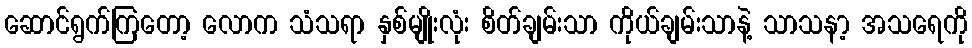
ဆောင်ရွက်ကြတော့ လောက သံသရာ နှစ်မျိုးလုံး စိတ်ချမ်းသာ ကိုယ်ချမ်းသာနဲ့ သာသနာ့ အသရေကို